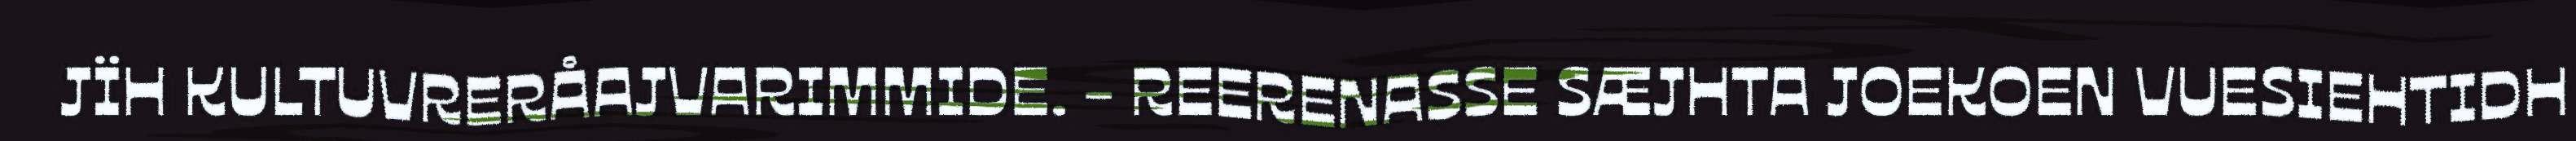
JÏH KULTUVRERÅAJVARIMMIDE. - REERENASSE SÆJHTA JOEKOEN VUESIEHTIDH